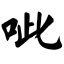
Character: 呲